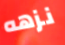
نزهه